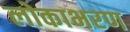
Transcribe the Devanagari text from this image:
लोकाभरण